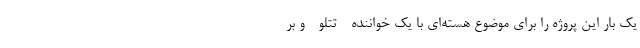
یک بار این پروژه را برای موضوع هسته‌ای با یک خواننده - تتلو - و بر